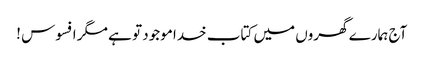
آج ہمارے گھروں میں کتاب خدا موجود تو ہے مگر افسوس !